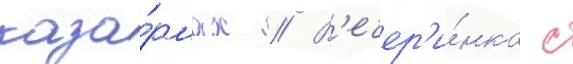
каза́рмах // В'ечер'и́нка с